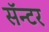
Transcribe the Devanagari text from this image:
सॅन्टर